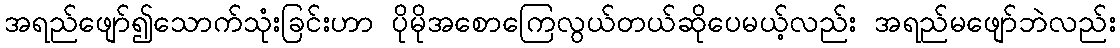
အရည်ဖျော်၍သောက်သုံးခြင်းဟာ ပိုမိုအစောကြေလွယ်တယ်ဆိုပေမယ့်လည်း အရည်မဖျော်ဘဲလည်း